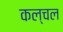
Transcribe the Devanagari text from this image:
कल्चल